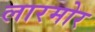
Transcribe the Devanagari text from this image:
लारमोर